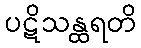
ပဋိသန္ထရတိ